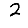
Digit: 2